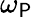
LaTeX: \omega_{\mathsf{P}}